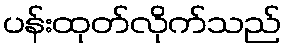
ပန်းထုတ်လိုက်သည်